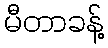
မီတာခန့်